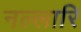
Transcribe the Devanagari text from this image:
नल्लारि